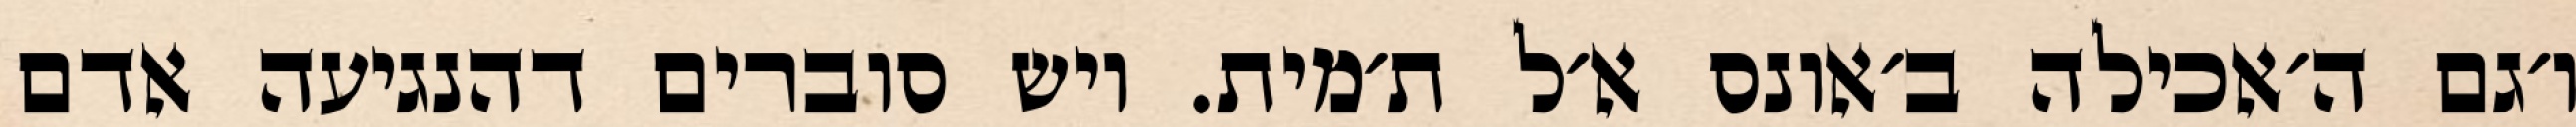
ו׳גם ה׳אכילה ב׳אונס א׳ל ת׳מית. ויש סוברים דהנגיעה אדם